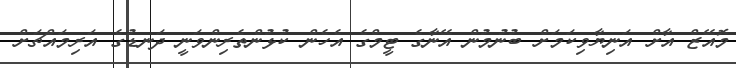
މޮއޭޒް އާށް އަނިޔާވިކަމަށް ބުނުމުން އޭނާގެ ޓީމްގެ އެހެން ކުޅުންތެރިންވަނީ ދަނޑުގެ އަރިމައްޗަށް